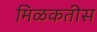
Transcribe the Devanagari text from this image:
मिळकतीस